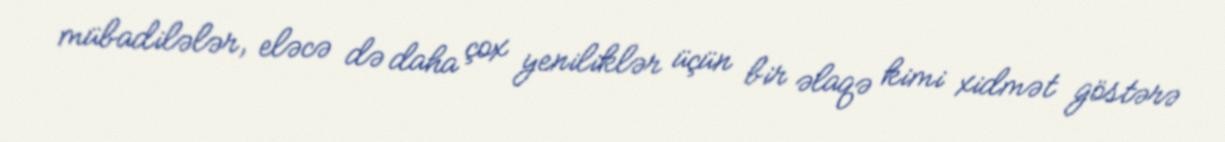
mübadilələr, eləcə də daha çox yeniliklər üçün bir əlaqə kimi xidmət göstərə